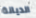
الديانة